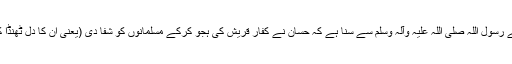
نیز حضرت عائشہ صدیقہ رضی اللہ عنہا نے فرمایا : میں نے رسول اللہ صلی اللہ علیہ وآلہ وسلم سے سنا ہے کہ حسان نے کفارِ قریش کی ہجو کرکے مسلمانوں کو شفا دی (یعنی ان کا دل ٹھنڈا کر دیا) اور خود شفایاب ہوئے (یعنی ان کا اپنا سینہ ٹھنڈا کیا)۔